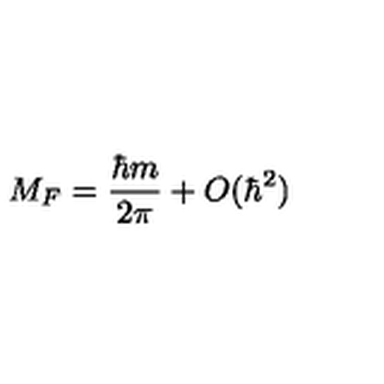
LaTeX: M _ { F } = \frac { \hbar m } { 2 \pi } + O ( \hbar ^ { 2 } )